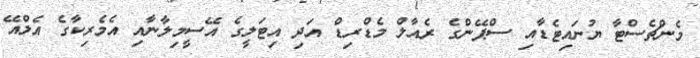
މެންޗެސްޓާ ޔުނައިޓެޑާއި ސްޕޭންގެ ރެއާލް މެޑްރިޑް އަދި އިޓަލީގެ އޭސީމިލާނާއި އެމެރިކާގެ އެލްއޭ